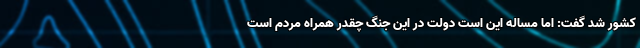
کشور شد گفت: اما مساله این است دولت در این جنگ چقدر همراه مردم است